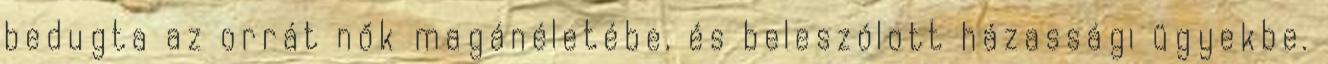
bedugta az orrát nők magánéletébe, és beleszólott házassági ügyekbe.